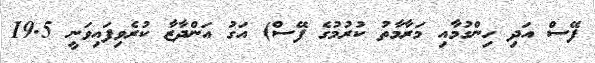
ފޭސް އަދި ހިންގުމާއި މަރާމާތު ކުރުމުގެ ފޭސް) އަގު އަންދާޒާ ކުރެވިފައިވަނީ 19.5